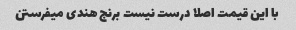
با این قیمت اصلا درست نیست برنج هندی میفرستن